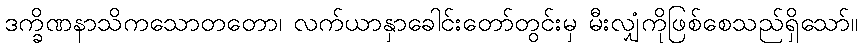
ဒက္ခိဏနာသိကသောတတော၊ လက်ယာနှာခေါင်းတော်တွင်းမှ မီးလျှံကိုဖြစ်စေသည်ရှိသော်။